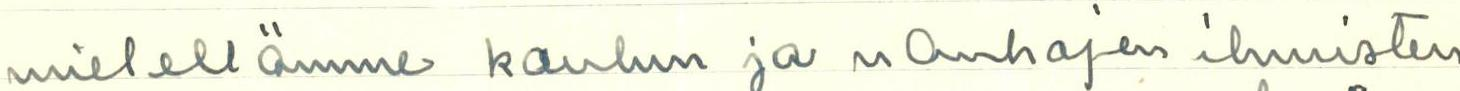
mielellämme koulun ja  ja vanhojen ihmisten